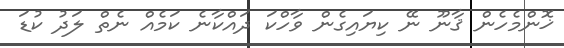
ޚޮންމެހެން ޤާނޫ ނޭ ކިޔައިގެން ވާހްކަ ދައްކާނެ ކަމެއް ނެތް ލަދު ކުޑަ